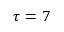
\tau = 7